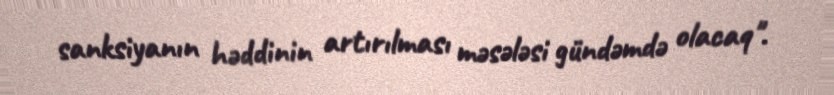
sanksiyanın həddinin artırılması məsələsi gündəmdə olacaq".